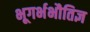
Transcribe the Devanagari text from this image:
भूगर्भभौतिज्ञ